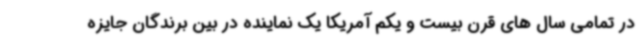
در تمامی سال های قرن بیست و یکم آمریکا یک نماینده در بین برندگان جایزه